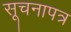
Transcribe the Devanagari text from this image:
सूचनापत्र